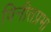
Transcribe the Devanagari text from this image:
विनीतप्रभा